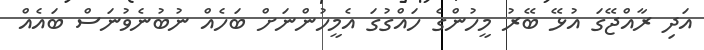
އަދި ރާއްޖޭގަ އުޅޭ ބޭރު މީހުންގެ ހައްގުގަ އެމީހުންނަށް ބަހެއް ނުބުނެވުނަސް ބައެއް